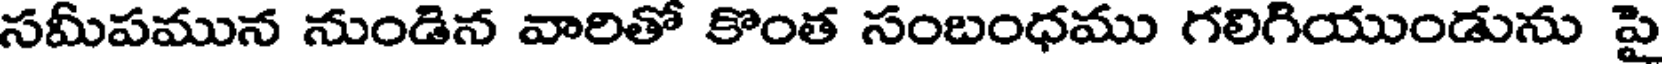
సమీపమున నుండిన వారితో కొంత సంబంధము గలిగియుండును పై